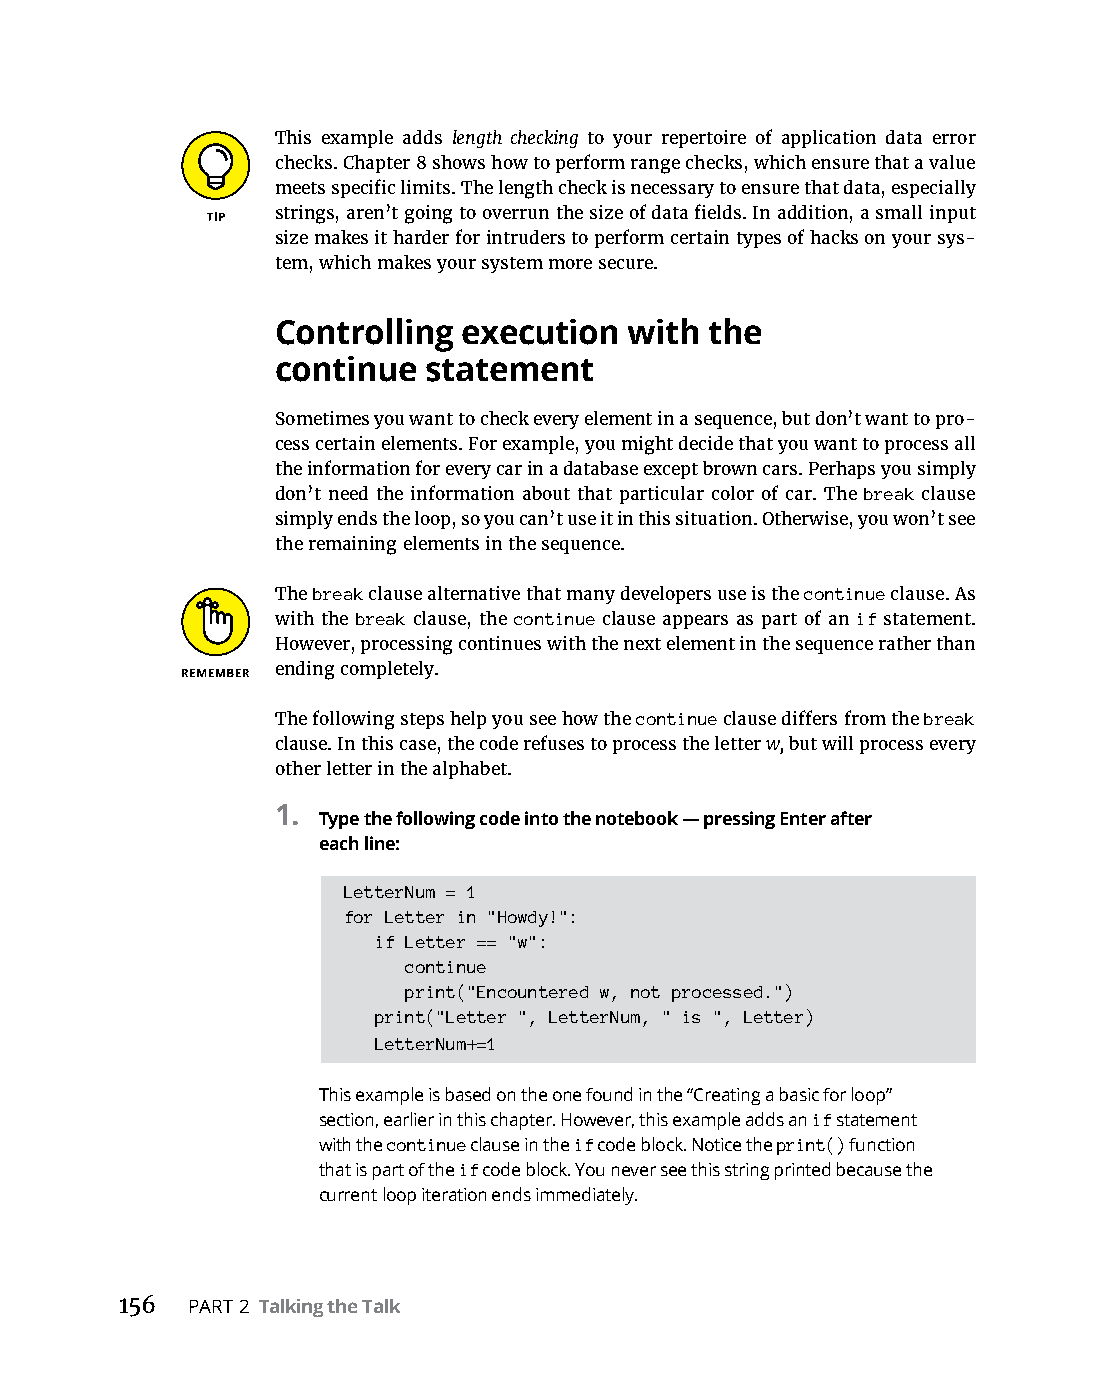
This example adds length checking to your repertoire of application data error
 checks. Chapter 8 shows how to perform range checks, which ensure that a value
 meets specific limits. The length check is necessary to ensure that data, especially
 strings, aren’t going to overrun the size of data fields. In addition, a small input
 size makes it harder for intruders to perform certain types of hacks on your sys-
 tem, which makes your system more secure.
 Controlling  execution  with the
 continue  statement
 Sometimes you want to check every element in a sequence, but don’t want to pro-
 cess certain elements. For example, you might decide that you want to process all
 the information for every car in a database except brown cars. Perhaps you simply
 don’t need the information about that particular color of car. The break clause
 simply ends the loop, so you can’t use it in this situation. Otherwise, you won’t see
 the remaining elements in the sequence.
 The break clause alternative that many developers use is the continue clause. As
 with the break clause, the continue clause appears as part of an if statement.
 However, processing continues with the next element in the sequence rather than
 ending completely.
 The following steps help you see how the continue clause differs from the break
 clause. In this case, the code refuses to process the letter w, but will process every
 other letter in the alphabet.
 1.
 Type the following code into the notebook — pressing Enter after
 each line:
 LetterNum = 1
 for Letter in "Howdy!":
 if Letter == "w":
 continue
 print("Encountered w, not processed.")
 print("Letter ", LetterNum, " is ", Letter)
 LetterNum+=1
 This example is based on the one found in the “Creating a basic for loop”
 section, earlier in this chapter. However, this example adds an if statement
 with the continue clause in the if code block. Notice the print() function
 that is part of the if code block. You never see this string printed because the
 current loop iteration ends immediately.
 156 PART 2 Talking the Talk